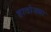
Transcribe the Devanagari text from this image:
हातोड्या